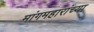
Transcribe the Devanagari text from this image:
मांगमहारांच्या